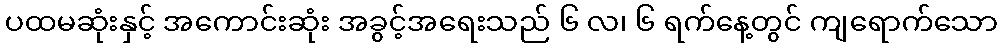
ပထမဆုံးနှင့် အကောင်းဆုံး အခွင့်အရေးသည် ၆ လ၊ ၆ ရက်နေ့တွင် ကျရောက်သော